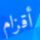
أقزام